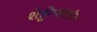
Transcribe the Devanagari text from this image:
शेट्टीभारतीय